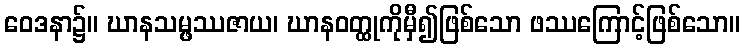
ဝေဒနာ၌။ ဃာနသမ္ဖဿဇာယ၊ ဃာနဝတ္ထုကိုမှီ၍ဖြစ်သော ဖဿကြောင့်ဖြစ်သော။